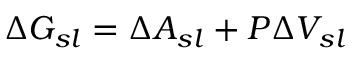
\Delta G _ { s l } = \Delta A _ { s l } + P \Delta V _ { s l }